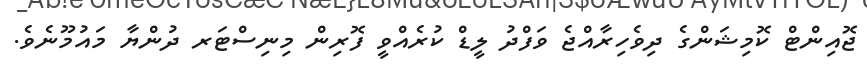
ޖޮއިންޓް ކޮމިޝަންގެ ދިވެހިރާއްޖެ ވަފްދު ލީޑް ކުރެއްވީ ފޮރިން މިނިސްޓަރ ދުންޔާ މައުމޫނެވެ.